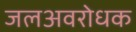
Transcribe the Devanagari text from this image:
जलअवरोधक